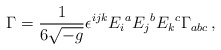
\begin{align*}\Gamma = {1\over 6\sqrt{-g}}\epsilon^{ijk} E_i{}^a E_j{}^b E_k{}^c\Gamma_{abc}\, ,\end{align*}